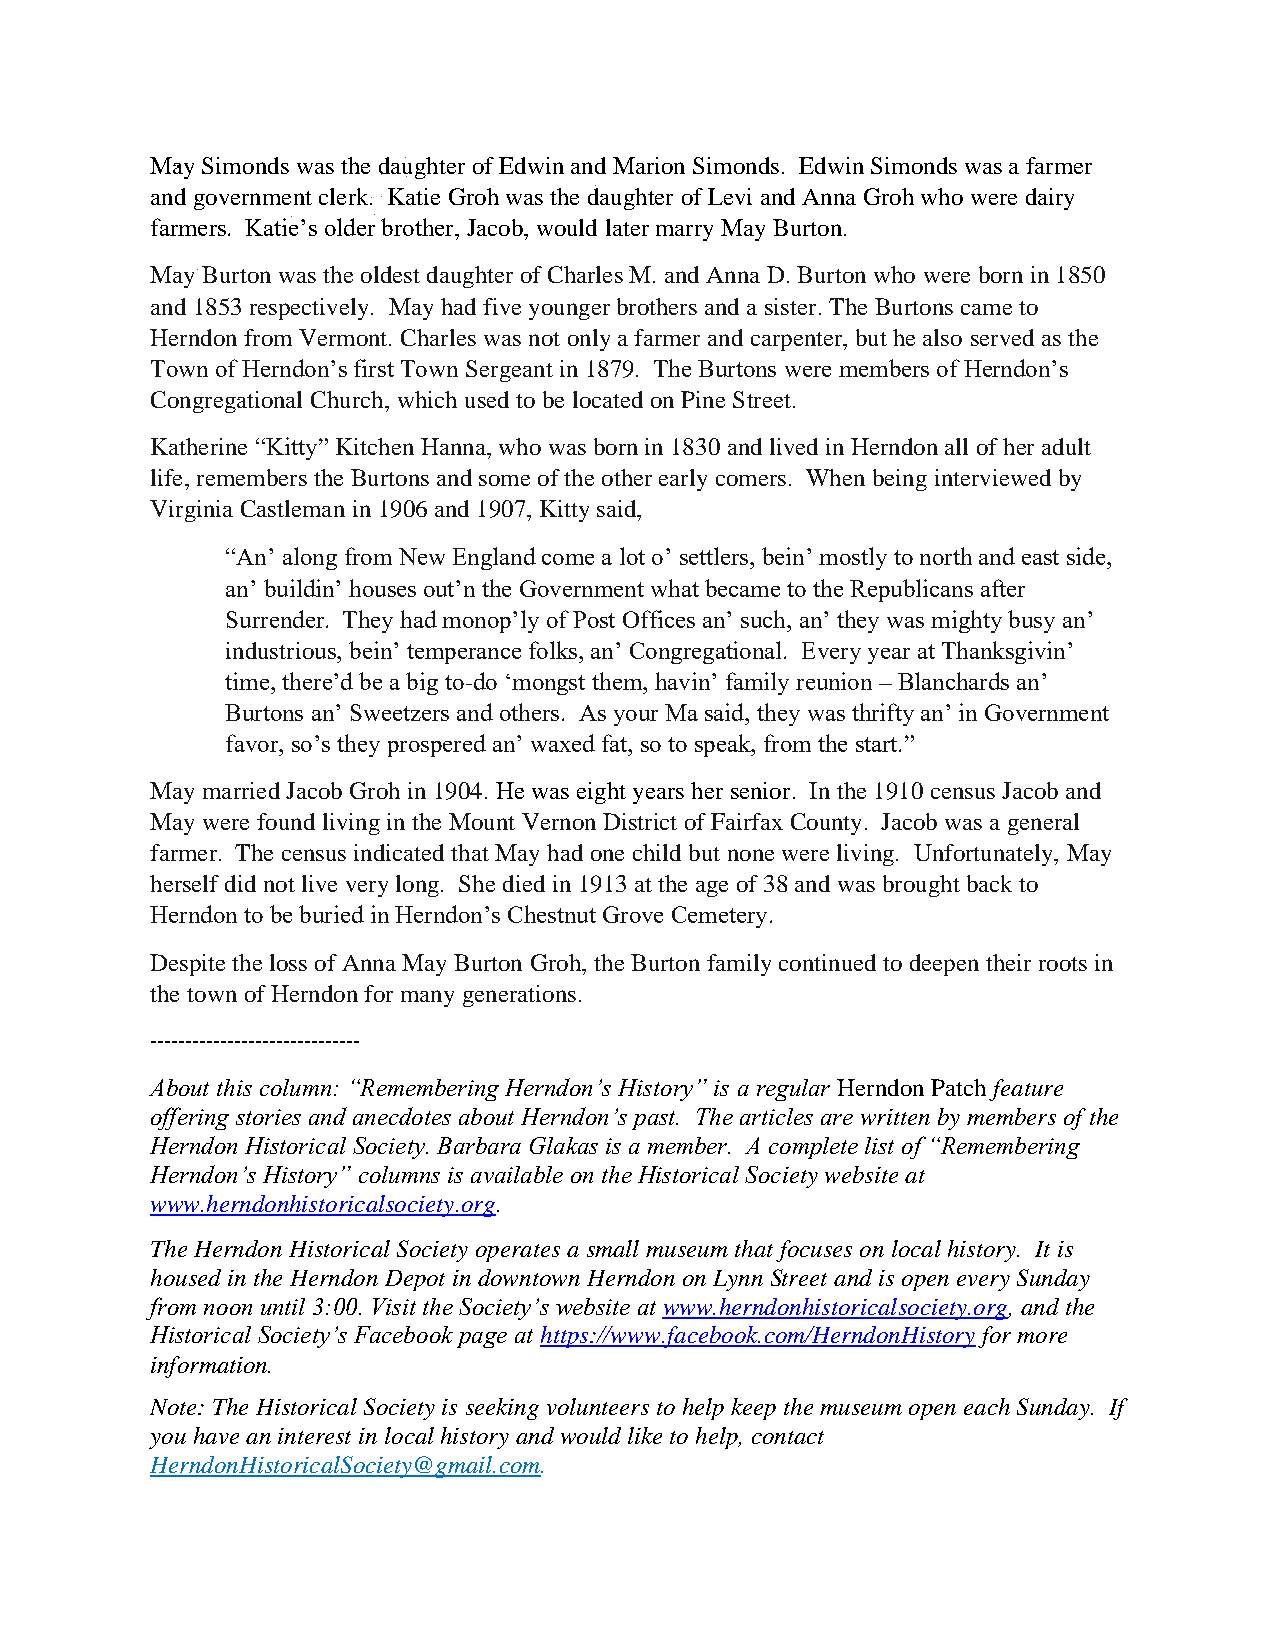
May Simonds was the daughter of Edwin and Marion Simonds. Edwin Simonds was a farmer
 and government clerk. Katie Groh was the daughter of Levi and Anna Groh who were dairy
 farmers. Katie’s older brother, Jacob, would later marry May Burton.
 May Burton was the oldest daughter of Charles M. and Anna D. Burton who were born in 1850
 and 1853 respectively. May had five younger brothers and a sister. The Burtons came to
 Herndon from Vermont. Charles was not only a farmer and carpenter, but he also served as the
 Town of Herndon’s first Town Sergeant in 1879. The Burtons were members of Herndon’s
 Congregational Church, which used to be located on Pine Street.
 Katherine “Kitty” Kitchen Hanna, who was born in 1830 and lived in Herndon all of her adult
 life, remembers the Burtons and some of the other early comers. When being interviewed by
 Virginia Castleman in 1906 and 1907, Kitty said,
 “An’ along from New England come a lot o’ settlers, bein’ mostly to north and east side,
 an’ buildin’ houses out’n the Government what became to the Republicans after
 Surrender. They had monop’ly of Post Offices an’ such, an’ they was mighty busy an’
 industrious, bein’ temperance folks, an’ Congregational. Every year at Thanksgivin’
 time, there’d be a big to-do ‘mongst them, havin’ family reunion – Blanchards an’
 Burtons an’ Sweetzers and others. As your Ma said, they was thrifty an’ in Government
 favor, so’s they prospered an’ waxed fat, so to speak, from the start.”
 May married Jacob Groh in 1904. He was eight years her senior. In the 1910 census Jacob and
 May were found living in the Mount Vernon District of Fairfax County. Jacob was a general
 farmer. The census indicated that May had one child but none were living. Unfortunately, May
 herself did not live very long. She died in 1913 at the age of 38 and was brought back to
 Herndon to be buried in Herndon’s Chestnut Grove Cemetery.
 Despite the loss of Anna May Burton Groh, the Burton family continued to deepen their roots in
 the town of Herndon for many generations.
 ------------------------------
 About this column: “Remembering Herndon’s History” is a regular Herndon Patch feature
 offering stories and anecdotes about Herndon’s past. The articles are written by members of the
 Herndon Historical Society. Barbara Glakas is a member. A complete list of “Remembering
 Herndon’s History” columns is available on the Historical Society website at
 www.herndonhistoricalsociety.org.
 The Herndon Historical Society operates a small museum that focuses on local history. It is
 housed in the Herndon Depot in downtown Herndon on Lynn Street and is open every Sunday
 from noon until 3:00. Visit the Society’s website at www.herndonhistoricalsociety.org, and the
 Historical Society’s Facebook page at https://www.facebook.com/HerndonHistory for more
 information.
 Note: The Historical Society is seeking volunteers to help keep the museum open each Sunday. If
 you have an interest in local history and would like to help, contact
 HerndonHistoricalSociety@gmail.com.